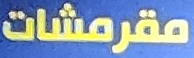
مقرمشات